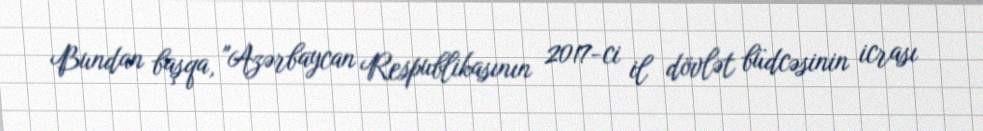
Bundan başqa, "Azərbaycan Respublikasının 2017-ci il dövlət büdcəsinin icrası